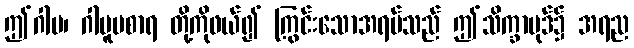
ဤဂါမ၊ ဂါမူပစာရ တို့ကိုဖယ်၍ ကြွင်းသောအရပ်သည် ဤသိက္ခာပုဒ်၌ အရည